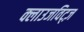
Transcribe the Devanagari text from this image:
क्लाउजविट्ज़